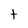
Character: t